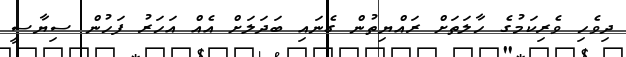
ދިވެހި ވެރިކަމުގެ ހާލަތަށް ރައްޔިތުން ގެނައި ބަދަލަށް އެއް އަހަރު ފަހުން ސިޔާސީ